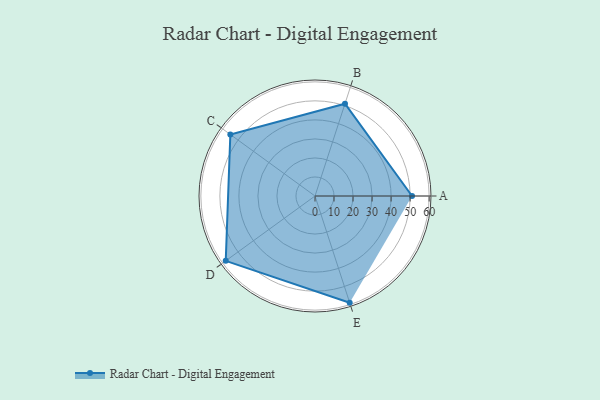
{"axis": {"x": "Skill", "y": "Score"}, "legend": ["Profile"], "data": [{"x": "A", "y": 51.0, "type": "Profile"}, {"x": "B", "y": 51.0, "type": "Profile"}, {"x": "C", "y": 55.0, "type": "Profile"}, {"x": "D", "y": 58.0, "type": "Profile"}, {"x": "E", "y": 59.0, "type": "Profile"}]}